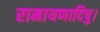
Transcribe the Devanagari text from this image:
रामायणादिषु।